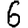
Digit: 6